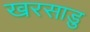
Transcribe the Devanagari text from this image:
खरसाड़ु